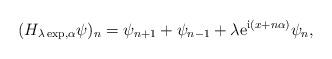
LaTeX: \begin{align*}(H_{\lambda\exp,\alpha}\psi)_{n}=\psi_{n+1}+\psi_{n-1}+\lambda{\rm e}^{{\rm i}(x+n\alpha)} \psi_{n},\end{align*}